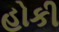
હોકી